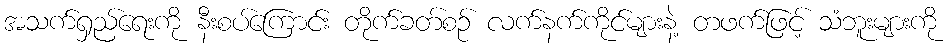
အသက်ရှည်ရေးကို နီးစပ်ကြောင်း တိုက်ခတ်စဉ် လက်နက်ကိုင်များနဲ့ တဖက်ဖြင့် သံဘူးများကို